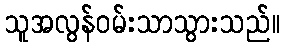
သူအလွန်ဝမ်းသာသွားသည်။